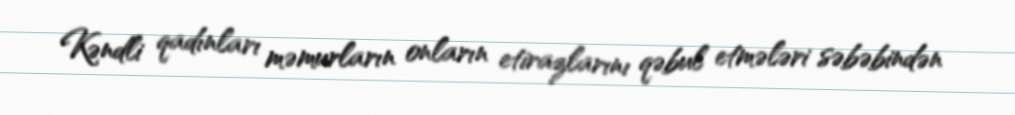
Kəndli qadınları məmurların onların etirazlarını qəbul etmələri səbəbindən